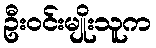
ဦးဝင်းမျိုးသူက